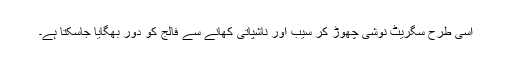
اسی طرح سگریٹ نوشی چھوڑ کر سیب اور ناشپاتی کھانے سے فالج کو دور بھگایا جاسکتا ہے۔